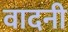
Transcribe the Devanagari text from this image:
वादनी